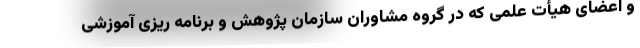
و اعضای هیأت علمی که در گروه مشاوران سازمان پژوهش و برنامه ریزی آموزشی